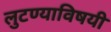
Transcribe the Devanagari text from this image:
लुटण्याविषयी